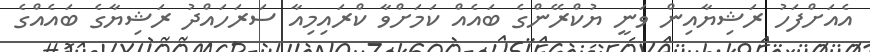
އެއަށްފަހު ރަޝިޔާއިން ވަނީ ޔުކްރޭންގެ ބައެއް ކަމަށްވާ ކްރައިމިއާ ސަރަހައްދު ރަޝިޔާގެ ބައެއްގެ